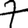
Digit: 7